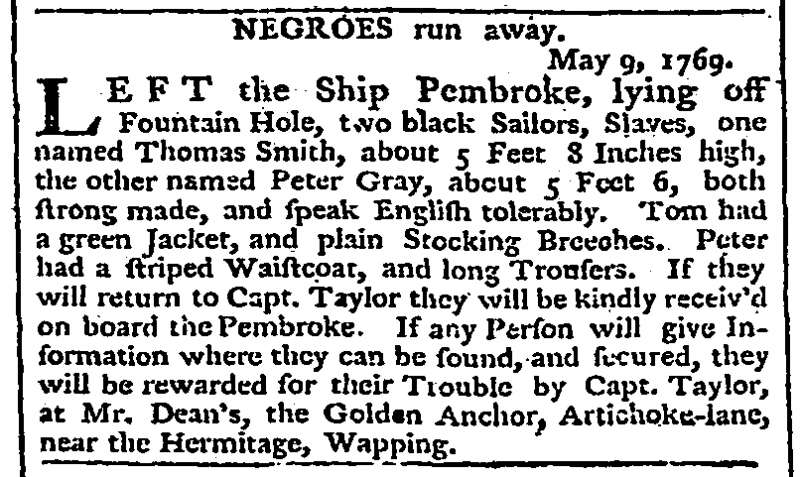
Public Advertiser, 11 May 1769 (England)
              NEGROES run away.                                           May 9, 1769.LEFT the Ship Pembroke, lying off Fountain Hole, two black Sailors, Slaves, one named Thomas Smith, about 5 Feet 8 Inches high, the other named Peter Gray, about 5 Feet 6, both strong made, and speak English tolerably. Tom had a green Jacket, and plain Stocking Breeches. Peter had a striped Waistcoat and long Trousers. If they will return to Capt. Taylor they will be kindly receiv’d on board the Pembroke. If any Person will give Information where they can be found, and secured, they will be rewarded for their Trouble by Capt. Taylor, at Mr. Dean’s, the Golden Anchor, Artichoke-lane, near the Hermitage, Wapping.